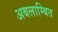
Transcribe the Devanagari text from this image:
अबलाम्बित